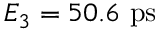
E _ { 3 } = 5 0 . 6 ~ \mathrm { p s }